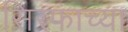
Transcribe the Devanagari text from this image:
सिस्फाच्या